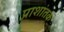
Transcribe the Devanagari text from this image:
प्राशांतक